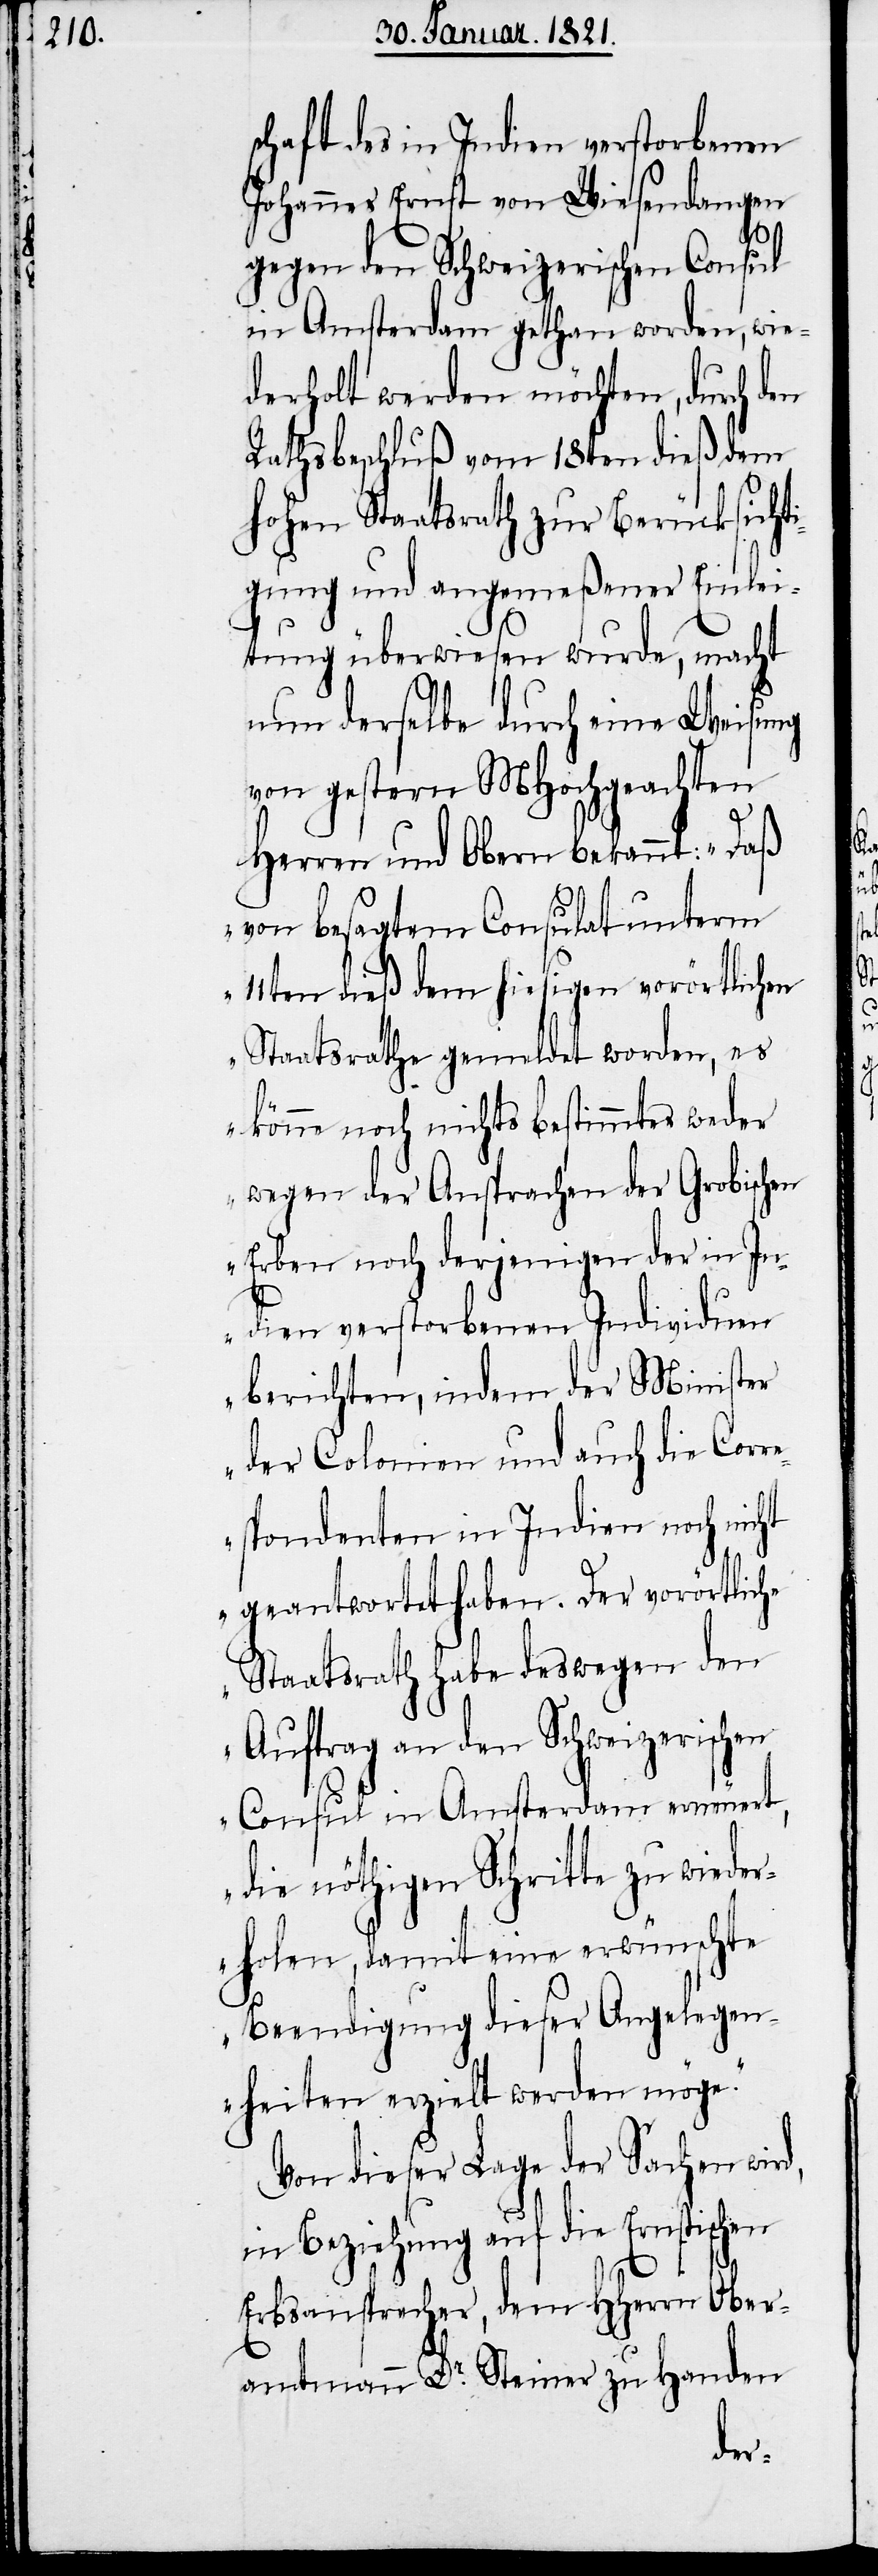
schaft des in Indien verstorbenen
Johannes Ernst von Wiesendangen
d,
gegen den Schweizerischen Consul
in Amsterdam gethan worden, wie¬
derholt werden möchten, durch den
Rathsbeschluß vom 18ten dieß dem
hohen Staatsrath zur Berücksicht¬
igung und angemeßener Einlei¬
tung überwiesen wurde, macht
nun derselbe durch eine Weisung
von gestern MHochgeachten
Herren und Obern bekannt: „Daß
von besagtem Consulat unterm
11ten dieß dem hiesigen vorörtlichen
Staatsrathe gemeldet worden, es
könne noch nichts bestimmtes weder
wegen der Ansprachen der Grobischen
Erben noch derjenigen der in In¬
dien verstorbenen Individuen
berichten, indem der Minister
der Colonien und auch die Corr¬
espondenten in Indien noch nicht
geantwortet haben. Der vorörtliche
Staatsrath habe deswegen den
Auftrag an den Schweizerischen
Consul in Amsterdam erneuert,
die nöthigen Schritte zu wieder¬
holen, damit eine erwünschte
Beendigung dieser Angelegen¬
heiten erzielt werden möge.“
Von dieser Lage der Sachen wir¬
in Beziehung auf die Ernstischen
Erbsansprecher, dem HHerrn Ober¬
amtmann Dr. Steiner zu Handen